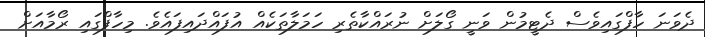
ދެވަނަ ހާފްގައިވެސް ދެޓީމުން ވަނީ ގޯލަށް ނުރައްކާތެރި ހަމަލާތަކެއް އުފައްދައިފައެވެ. މިހާފްގައި ރޯމާއަށް